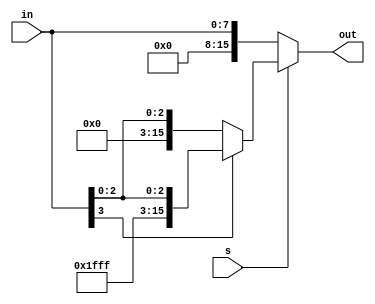
//Sign or Zero Extend

module szextend (input [7:0] in,
		 input s,
		 output reg [15:0] out);

always@(*)
begin
	out = 16'hxxxx;
	if (s == 1'b0)
		out = {8'b0, in[7:0]};
	else if (s == 1'b1)
	begin
		if (in[3] == 1'b0)
			out = {12'h000, in[3:0]};
		else if (in[3] == 1'b1)
			out = {12'hFFF, in[3:0]};
	end
end

endmodule